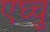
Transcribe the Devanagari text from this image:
एघ्चु